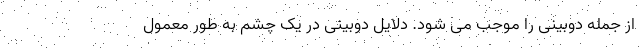
از جمله دوبینی را موجب می شود. دلایل دوبینی در یک چشم به طور معمول